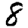
Digit: 8